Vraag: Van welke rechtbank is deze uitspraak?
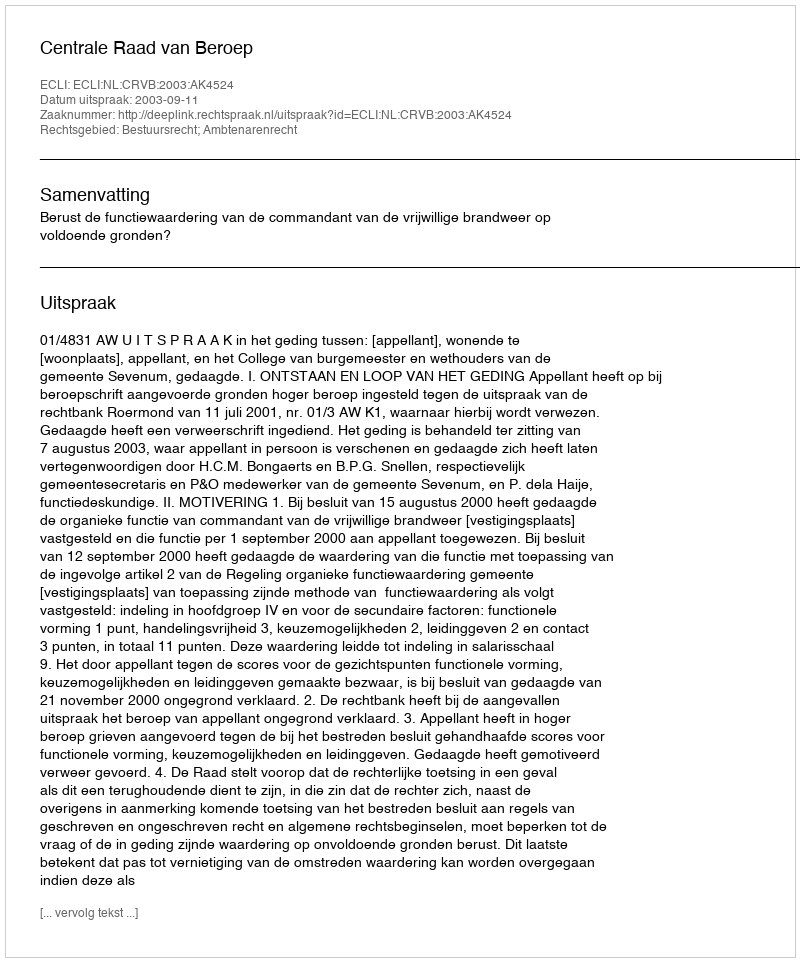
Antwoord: Centrale Raad van Beroep